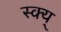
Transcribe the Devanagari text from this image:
स्क्य्